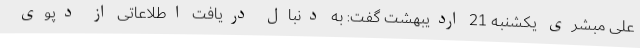
علی مبشری یکشنبه 21 اردیبهشت گفت: به دنبال دریافت اطلاعاتی از دپوی